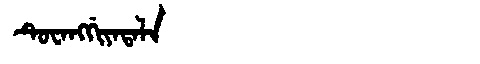
Manchu: ᡨᡠᠸᠠᠩᡤᡳᠶᠠᡨᠠᠯᠠ
Romanization: TUWANGGIYATALA